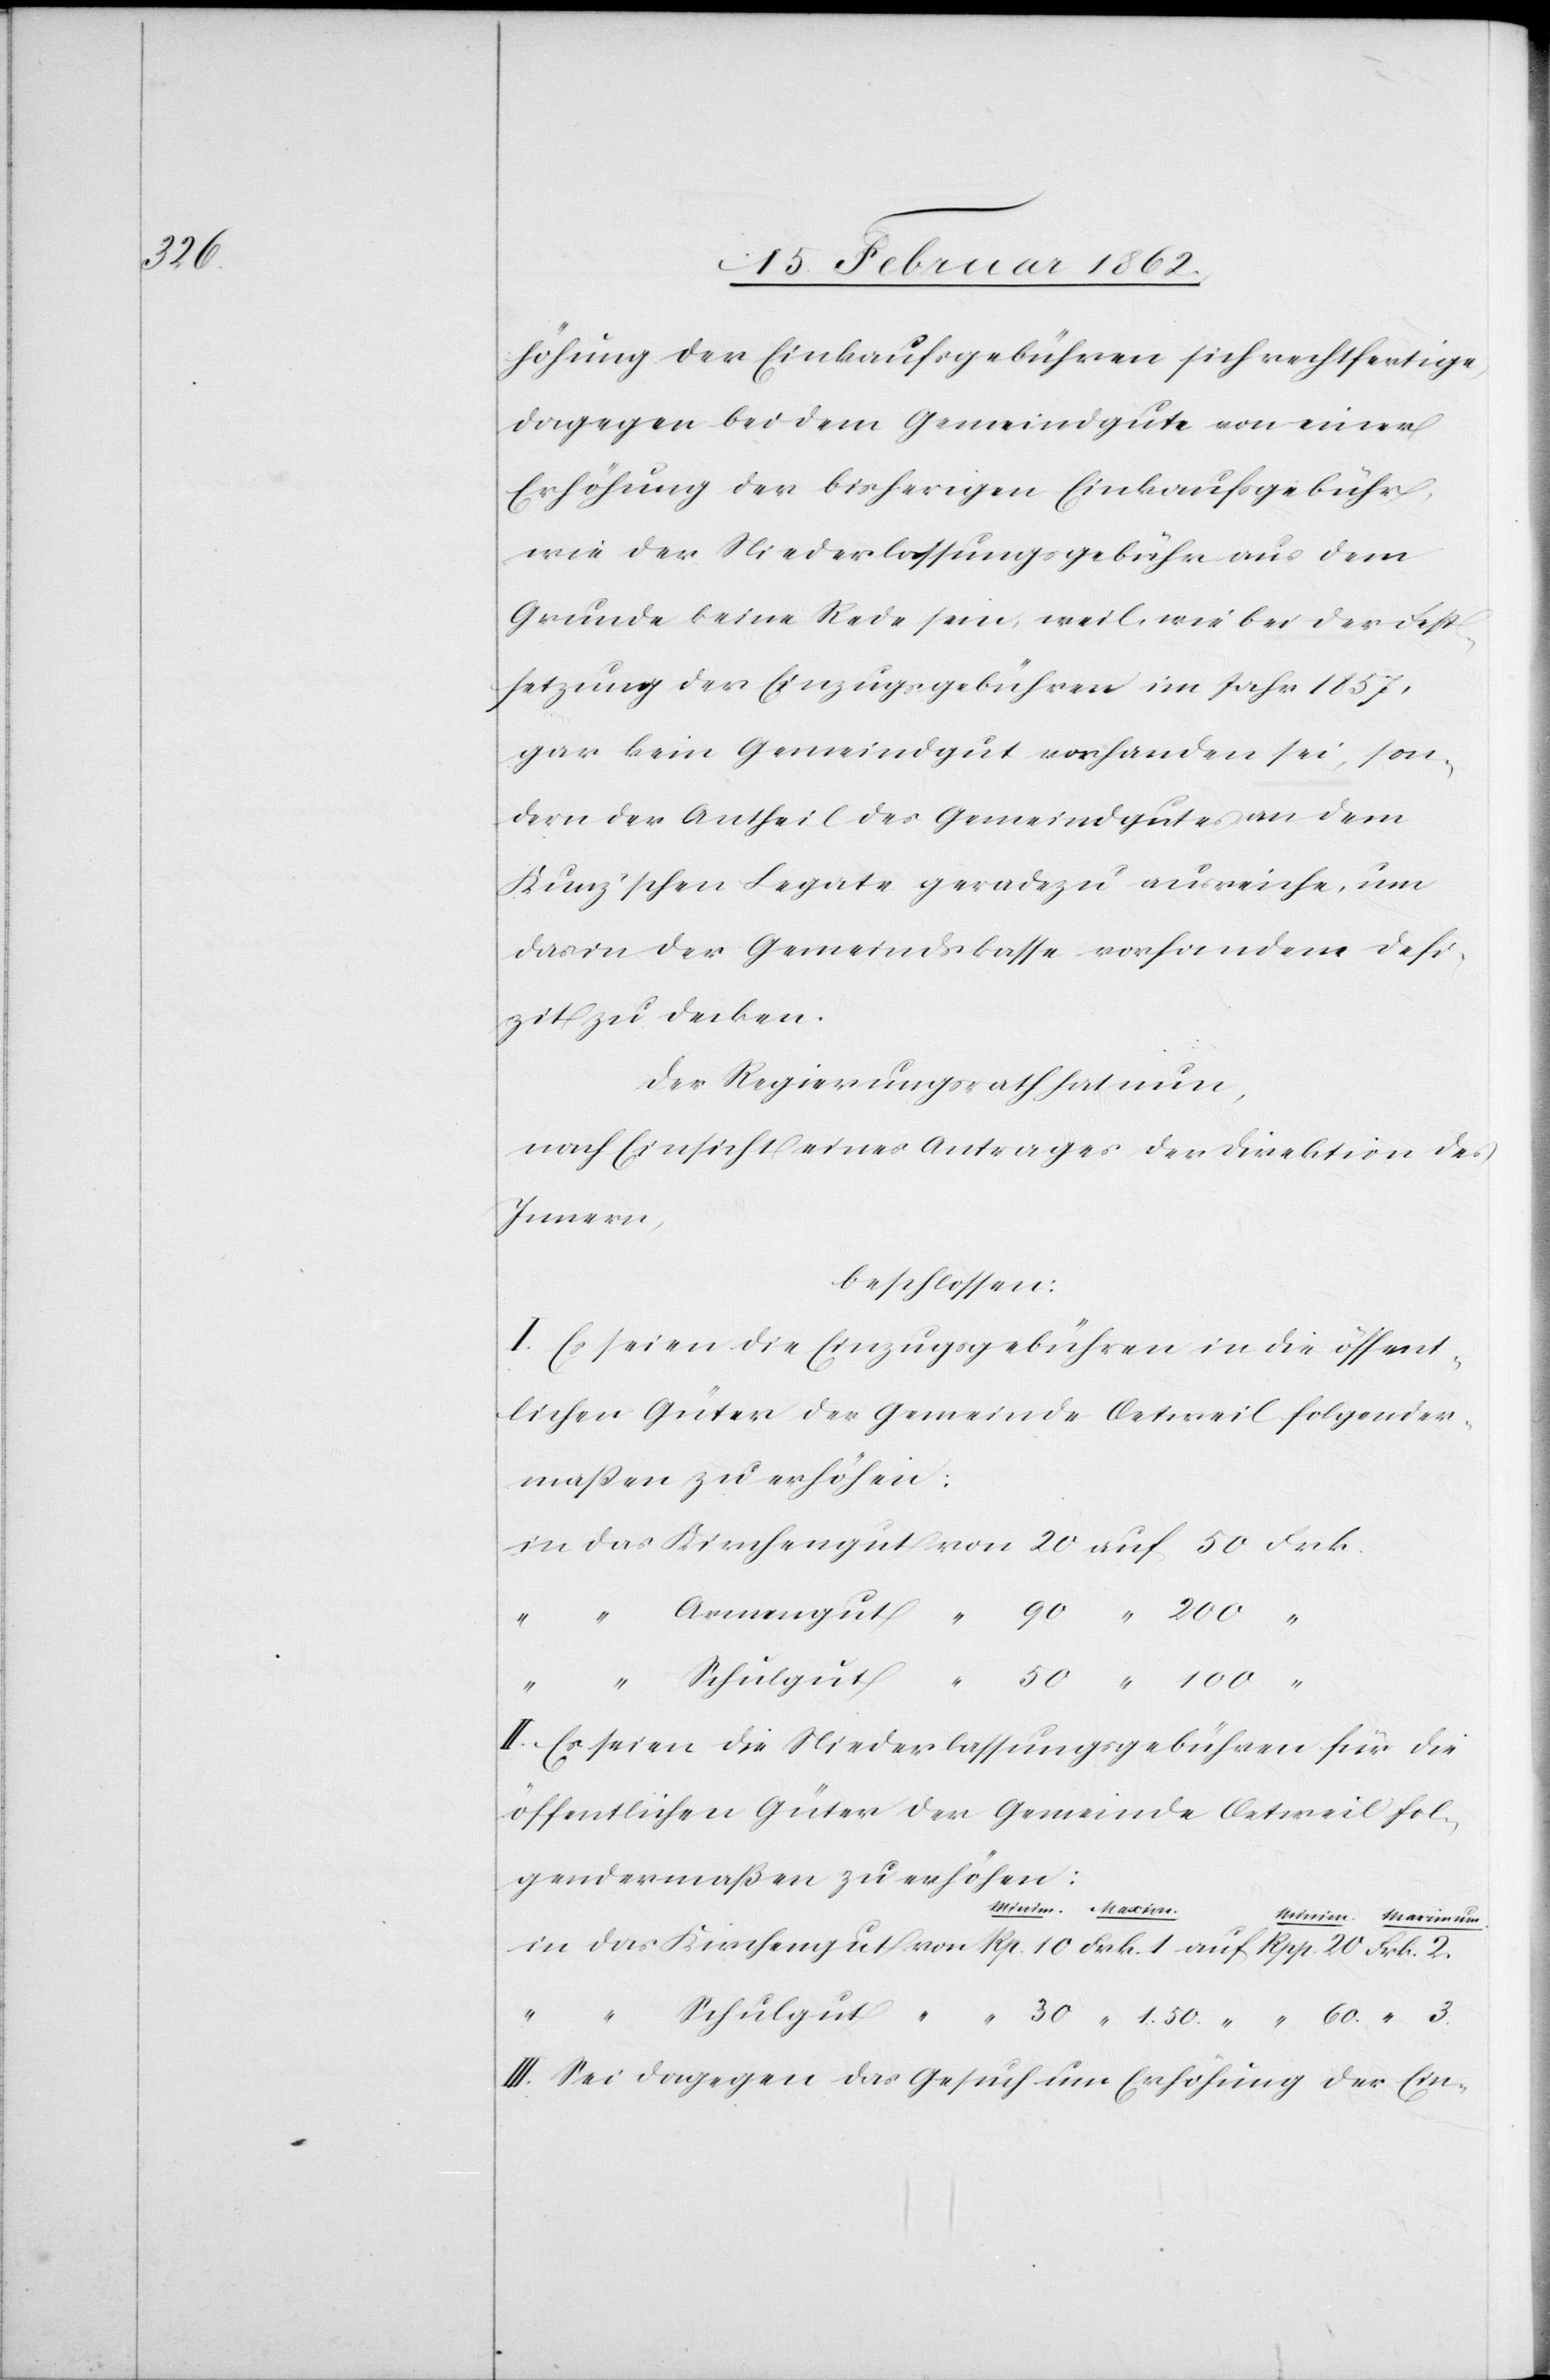
3.

höhung der Einkaufsgebühren sich rechtfertige,
dagegen bei dem Gemeindgute von einer
Erhöhung der bisherigen Einkaufsgebühr,
wie der Niederlassungsgebühr aus dem
Grunde keine Rede sein, weil bei der Fest¬
setzung der Einzugsgebühren im Jahr 1857.
gar kein Gemeindgut vorhanden sei, son¬
dern der Antheil des Gemeindgutes an dem
Kunz’schen Legate geradezu ausreiche, um
das in der Gemeindskasse vorhandene Defi¬
zit zu decken.
Der Regierungsrath hat nun,
nach Einsicht eines Antrages der Direktion des
Innern,
beschlossen:
I. Es seien die Einzugsgebühren in die öffent¬
lichen Güter der Gemeinde Oetweil folgender¬
maßen zu erhöhen:
II. Es seien die Niederlassungsgebühren für die
öffentlichen Güter der Gemeinde Oetweil fol¬
gendermaßen zu erhöhen:
III. Sei dagegen das Gesuch um Erhöhung der Ein-